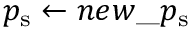
p _ { \mathrm { s } } \gets n e w \textunderscore p _ { \mathrm { s } }